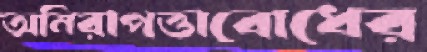
অনিরাপত্তাবোধের